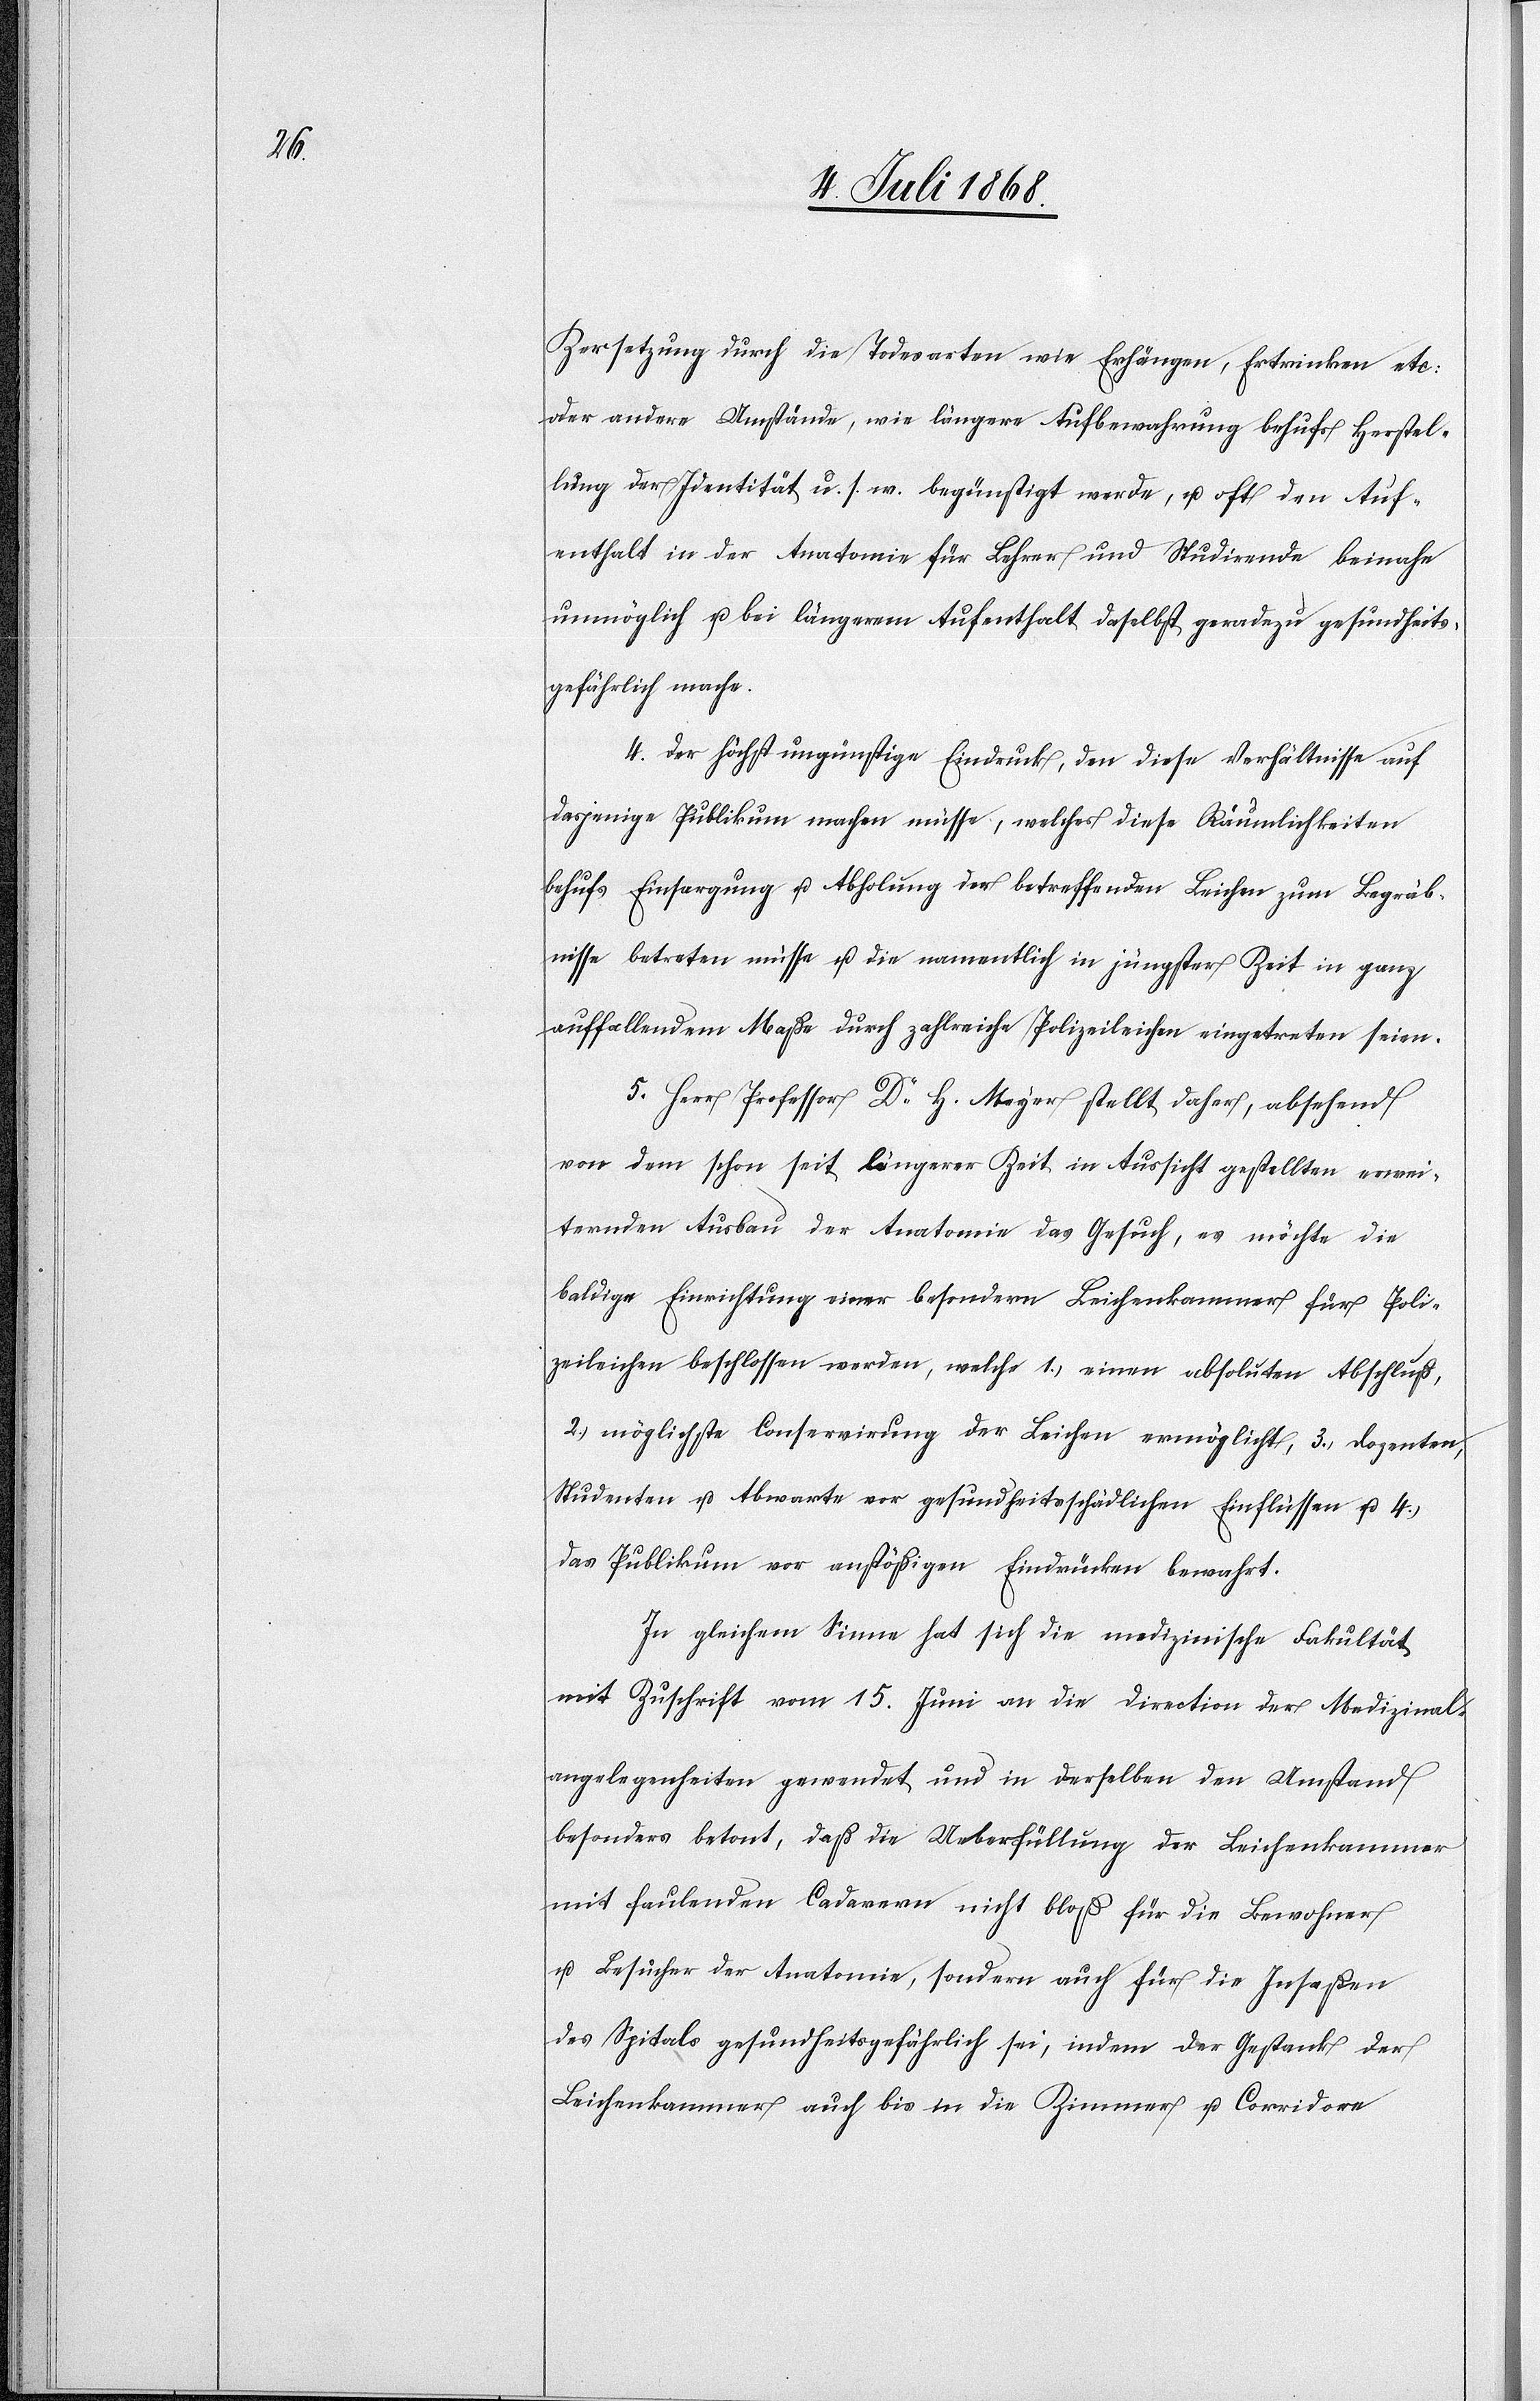
Zersetzung durch die Todesarten wie Erhängen, Ertrinken etc:
oder andere Umstände, wie längere Aufbewahrung behufs Herstel¬
lung der Identität u. s. w. begünstigt werde, u. oft den Auf¬
enthalt in der Anatomie für Lehrer und Studirende beinahe
unmöglich u. bei längerem Aufenthalt daselbst geradezu gesundheits¬
gefährlich mache.
4.) Der höchst ungünstige Eindruck, den diese Verhältnisse auf
dasjenige Publikum machen müsse, welches diese Räumlichkeiten
behufs Einsargung u. Abholung der betreffenden Leichen zum Begräb¬
nisse betreten müsse u. die namentlich in jüngster Zeit in ganz
auffallendem Maße durch zahlreiche Polizeileichen eingetreten seien.
5.) Herr Professor Dr H. Meyer stellt daher, absehend
von dem schon seit längerer Zeit in Aussicht gestellten erwei¬
ternden Ausbau der Anatomie das Gesuch, es möchte die
baldige Einrichtung einer besondern Leichenkammer für Poli¬
zeileichen beschlossen werden, welche 1.) einen absoluten Abschluß,
2.) möglichste Conservirung der Leichen ermöglicht, 3.) Dozenten,
Studenten u. Abwarte vor gesundheitsschädlichen Einflüssen u. 4.)
das Publikum vor anstößigen Eindrücken bewahrt.
In gleichem Sinne hat sich die medizinische Fakultät
mit Zuschrift vom 15. Juni an die Direction der Medizinal¬
angelegenheiten gewendet und in derselben den Umstand
besonders betont, daß die Ueberfüllung der Leichenkammer
mit faulenden Cadavern nicht bloß für die Bewohner
u. Besucher der Anatomie, sondern auch für die Insaßen
des Spitals gesundheitsgefährlich sei, indem der Gestank der
Leichenkammer auch bis in die Zimmer u. Corridore